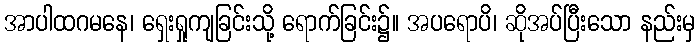
အာပါထဂမနေ၊ ရှေးရှုကျခြင်းသို့ ရောက်ခြင်း၌။ အပရောပိ၊ ဆိုအပ်ပြီးသော နည်းမှ